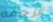
الرحمه